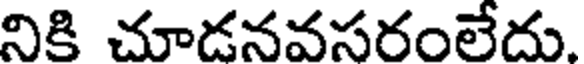
నికి చూడనవసరంలేదు.